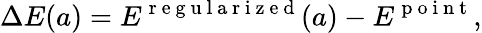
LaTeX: \Delta E(a)=E^{\mathrm{~r~e~g~u~l~a~r~i~z~e~d~}}(a)-E^{\mathrm{~p~o~i~n~t~}},